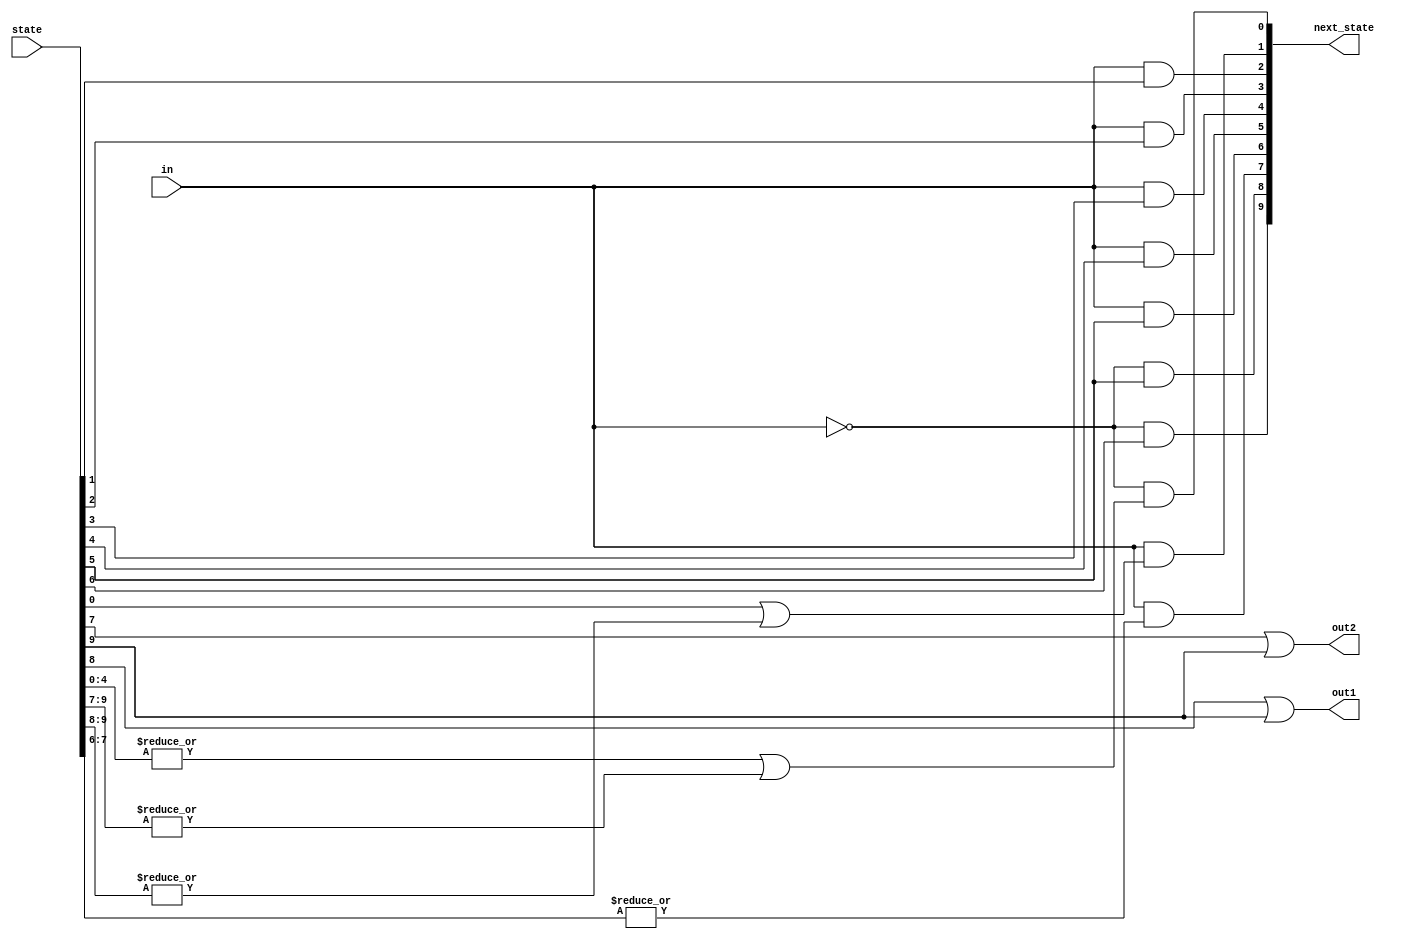
// SPDX-License-Identifier: MIT

module top_module(
    input in,
    input [9:0] state,
    output [9:0] next_state,
    output out1,
    output out2);

    wire [9:0] s = state;
    
    assign next_state[0] = !in & (|s[4:0] | |s[9:7]);
    assign next_state[1] = in & (s[0] | |s[9:8]);
    assign next_state[2] = in & s[1];
    assign next_state[3] = in & s[2];
    assign next_state[4] = in & s[3];
    assign next_state[5] = in & s[4];
    assign next_state[6] = in & s[5];
    assign next_state[7] = in & |s[7:6];
    assign next_state[8] = !in & s[5];
    assign next_state[9] = !in & s[6];
    
    assign out2 = s[7] | s[9];
    assign out1 = s[8] | s[9];
    
endmodule